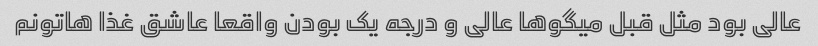
عالی بود مثل قبل میگو‌ها عالی و درجه یک بودن واقعا عاشق غذا هاتونم